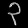
Digit: ၃